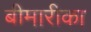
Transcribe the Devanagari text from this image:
बीमारीका